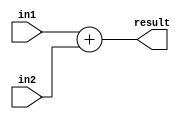
module adder (input signed [31:0] in1, input signed [31:0] in2, output signed [31:0] result);


	assign result = in1 + in2;
	

endmodule

module adder_tb;

	reg signed [31:0] in1;
	reg signed [31:0] in2;
	wire signed [31:0] result;

	initial begin

		$monitor ("%d + %d = %d", in1, in2, result);

		#10 in1 = -5; in2 = -7;
		#10 in1 = -5; in2 = 7;
		#10 in1 = 5; in2 = -7;
		#10 in1 = 2147483648; in2 = 2147483648;
		#10 in1 = 19; in2 = 20;
		#10 in1 = 12;
		#10 in2 = -3;

	end

	adder add1 (in1, in2, result);

endmodule